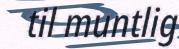
til muntlig